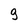
Character: 9